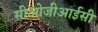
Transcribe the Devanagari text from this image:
सीओजीआईसी